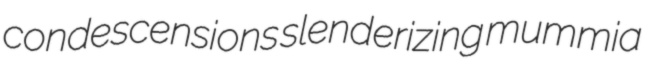
condescensions slenderizing mummia